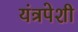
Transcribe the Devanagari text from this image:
यंत्रपेशी